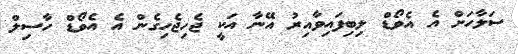
ސަލާހަށް އެ އެވޯޑް ލިބިފައިވާއިރު އޭނާ އަކީ ޖެހިޖެހިގެން އެ އެވޯޑް ހާސިލް